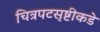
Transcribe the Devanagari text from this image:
चित्रपटसृष्टीकडे